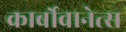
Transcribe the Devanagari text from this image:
कार्बोवानेत्स